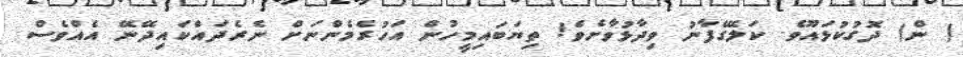
( ން) ދޮގުކުޅައޫވެ. ކަލޭގެފާނު ވިދާޅުވާށެވެ! ތިޔަބައިމީހުން އަހުރެމެންނަށް ނެރެދައްކައިދޭނޭ އެއްވެސް